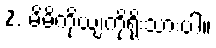
2. မိမိကိုယျကိုရိုးသားပါ။